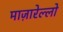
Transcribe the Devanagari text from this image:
माज़ारेल्लो